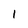
Character: 1